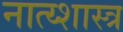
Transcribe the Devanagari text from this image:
नात्य्शास्त्र